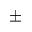
\pm